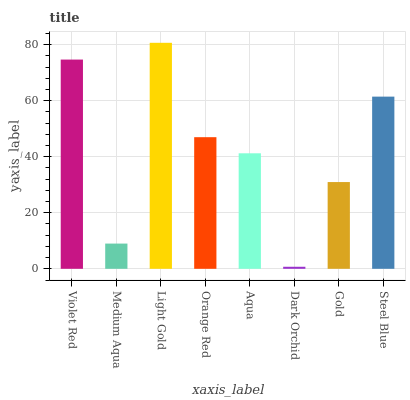
| xaxis_label | bars |
 | --- | --- |
 | Violet Red | 74.7 |
 | Medium Aqua | 9.01 |
 | Light Gold | 80.6 |
 | Orange Red | 47 |
 | Aqua | 41.2 |
 | Dark Orchid | 0.73 |
 | Gold | 31 |
 | Steel Blue | 61.4 |